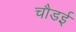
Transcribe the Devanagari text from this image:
चौडई